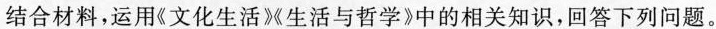
结合材料，运用《文化生活》生活与哲学》中的相关知识，回答下列问题。